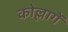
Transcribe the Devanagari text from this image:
कोल्लागें